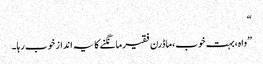
“
”واہ،بہت خوب،ماڈرن فقیرمانگنے کا یہ انداز خوب رہا۔